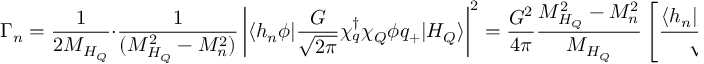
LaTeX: \Gamma _ { n } = \frac { 1 } { 2 M _ { H _ { Q } } } \cdot \frac { 1 } { ( M _ { H _ { Q } } ^ { 2 } - M _ { n } ^ { 2 } ) } \left| \langle h _ { n } \phi | { \frac { G } { \sqrt { 2 \pi } } \chi _ { q } ^ { \dagger } \chi _ { Q } \phi q _ { + } } | H _ { Q } \rangle \right| ^ { 2 } = \frac { G ^ { 2 } } { 4 \pi } \frac { M _ { H _ { Q } } ^ { 2 } - M _ { n } ^ { 2 } } { M _ { H _ { Q } } } \left[ \frac { \langle h _ { n } | \chi _ { q } ^ { \dagger } \chi _ { Q } | H _ { Q } \rangle } { \sqrt { 2 } M _ { H _ { Q } } } \right] ^ { 2 }